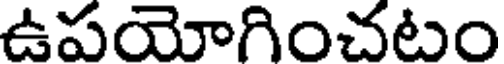
ఉపయోగించటం